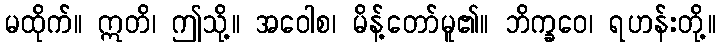
မထိုက်။ ဣတိ၊ ဤသို့။ အဝေါစ၊ မိန့်တော်မူ၏။ ဘိက္ခဝေ၊ ရဟန်းတို့။